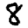
Digit: 8